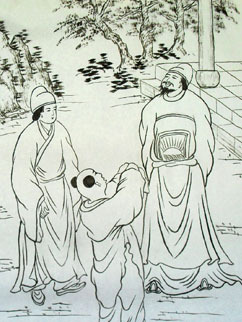
哀哀父母，生我劳瘁。